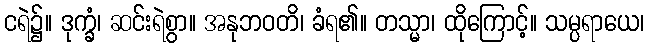
ငရဲ၌။ ဒုက္ခံ၊ ဆင်းရဲစွာ။ အနုဘဝတိ၊ ခံရ၏။ တသ္မာ၊ ထိုကြောင့်။ သမ္ပရာယေ၊